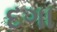
દગા